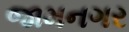
જામનગર